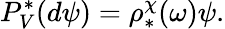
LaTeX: P_{V}^{*}(d\psi)=\rho_{*}^{\chi}(\omega)\psi.